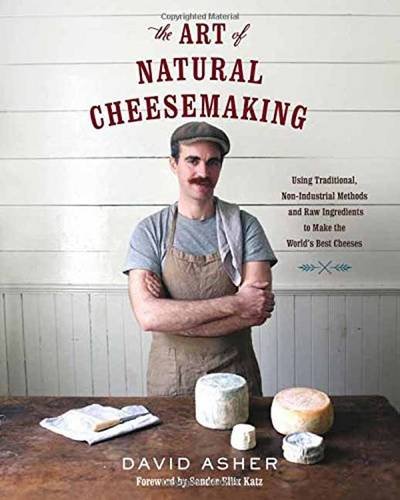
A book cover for The Art of Natural Cheesemaking: Using Traditional, Non-Industrial Methods and Raw Ingredients to Make the World's Best Cheeses; David Asher; Cookbooks, Food & Wine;